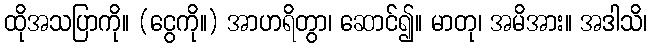
ထိုအသပြာကို။ (ငွေကို။) အာဟရိတွာ၊ ဆောင်၍။ မာတု၊ အမိအား။ အဒါသိ၊